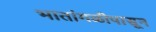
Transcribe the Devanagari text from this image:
भातांगळीपासून